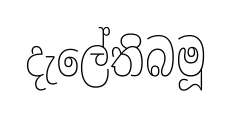
දැලේතිබමූ